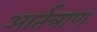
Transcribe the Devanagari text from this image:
आर्तत्राण